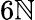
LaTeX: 6\mathbb{N}